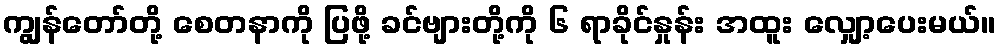
ကျွန်တော်တို့ စေတနာကို ပြဖို့ ခင်ဗျားတို့ကို ၆ ရာခိုင်နှုန်း အထူး လျှော့ပေးမယ်။